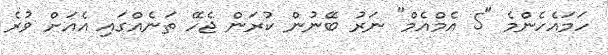
ހަމައެހެންމެ "5 އެމްއެމް" ނަރު ބޭނުން ކުރަން ޖެހޭ ތަނެއްގައި އެއަށް ވުރެ